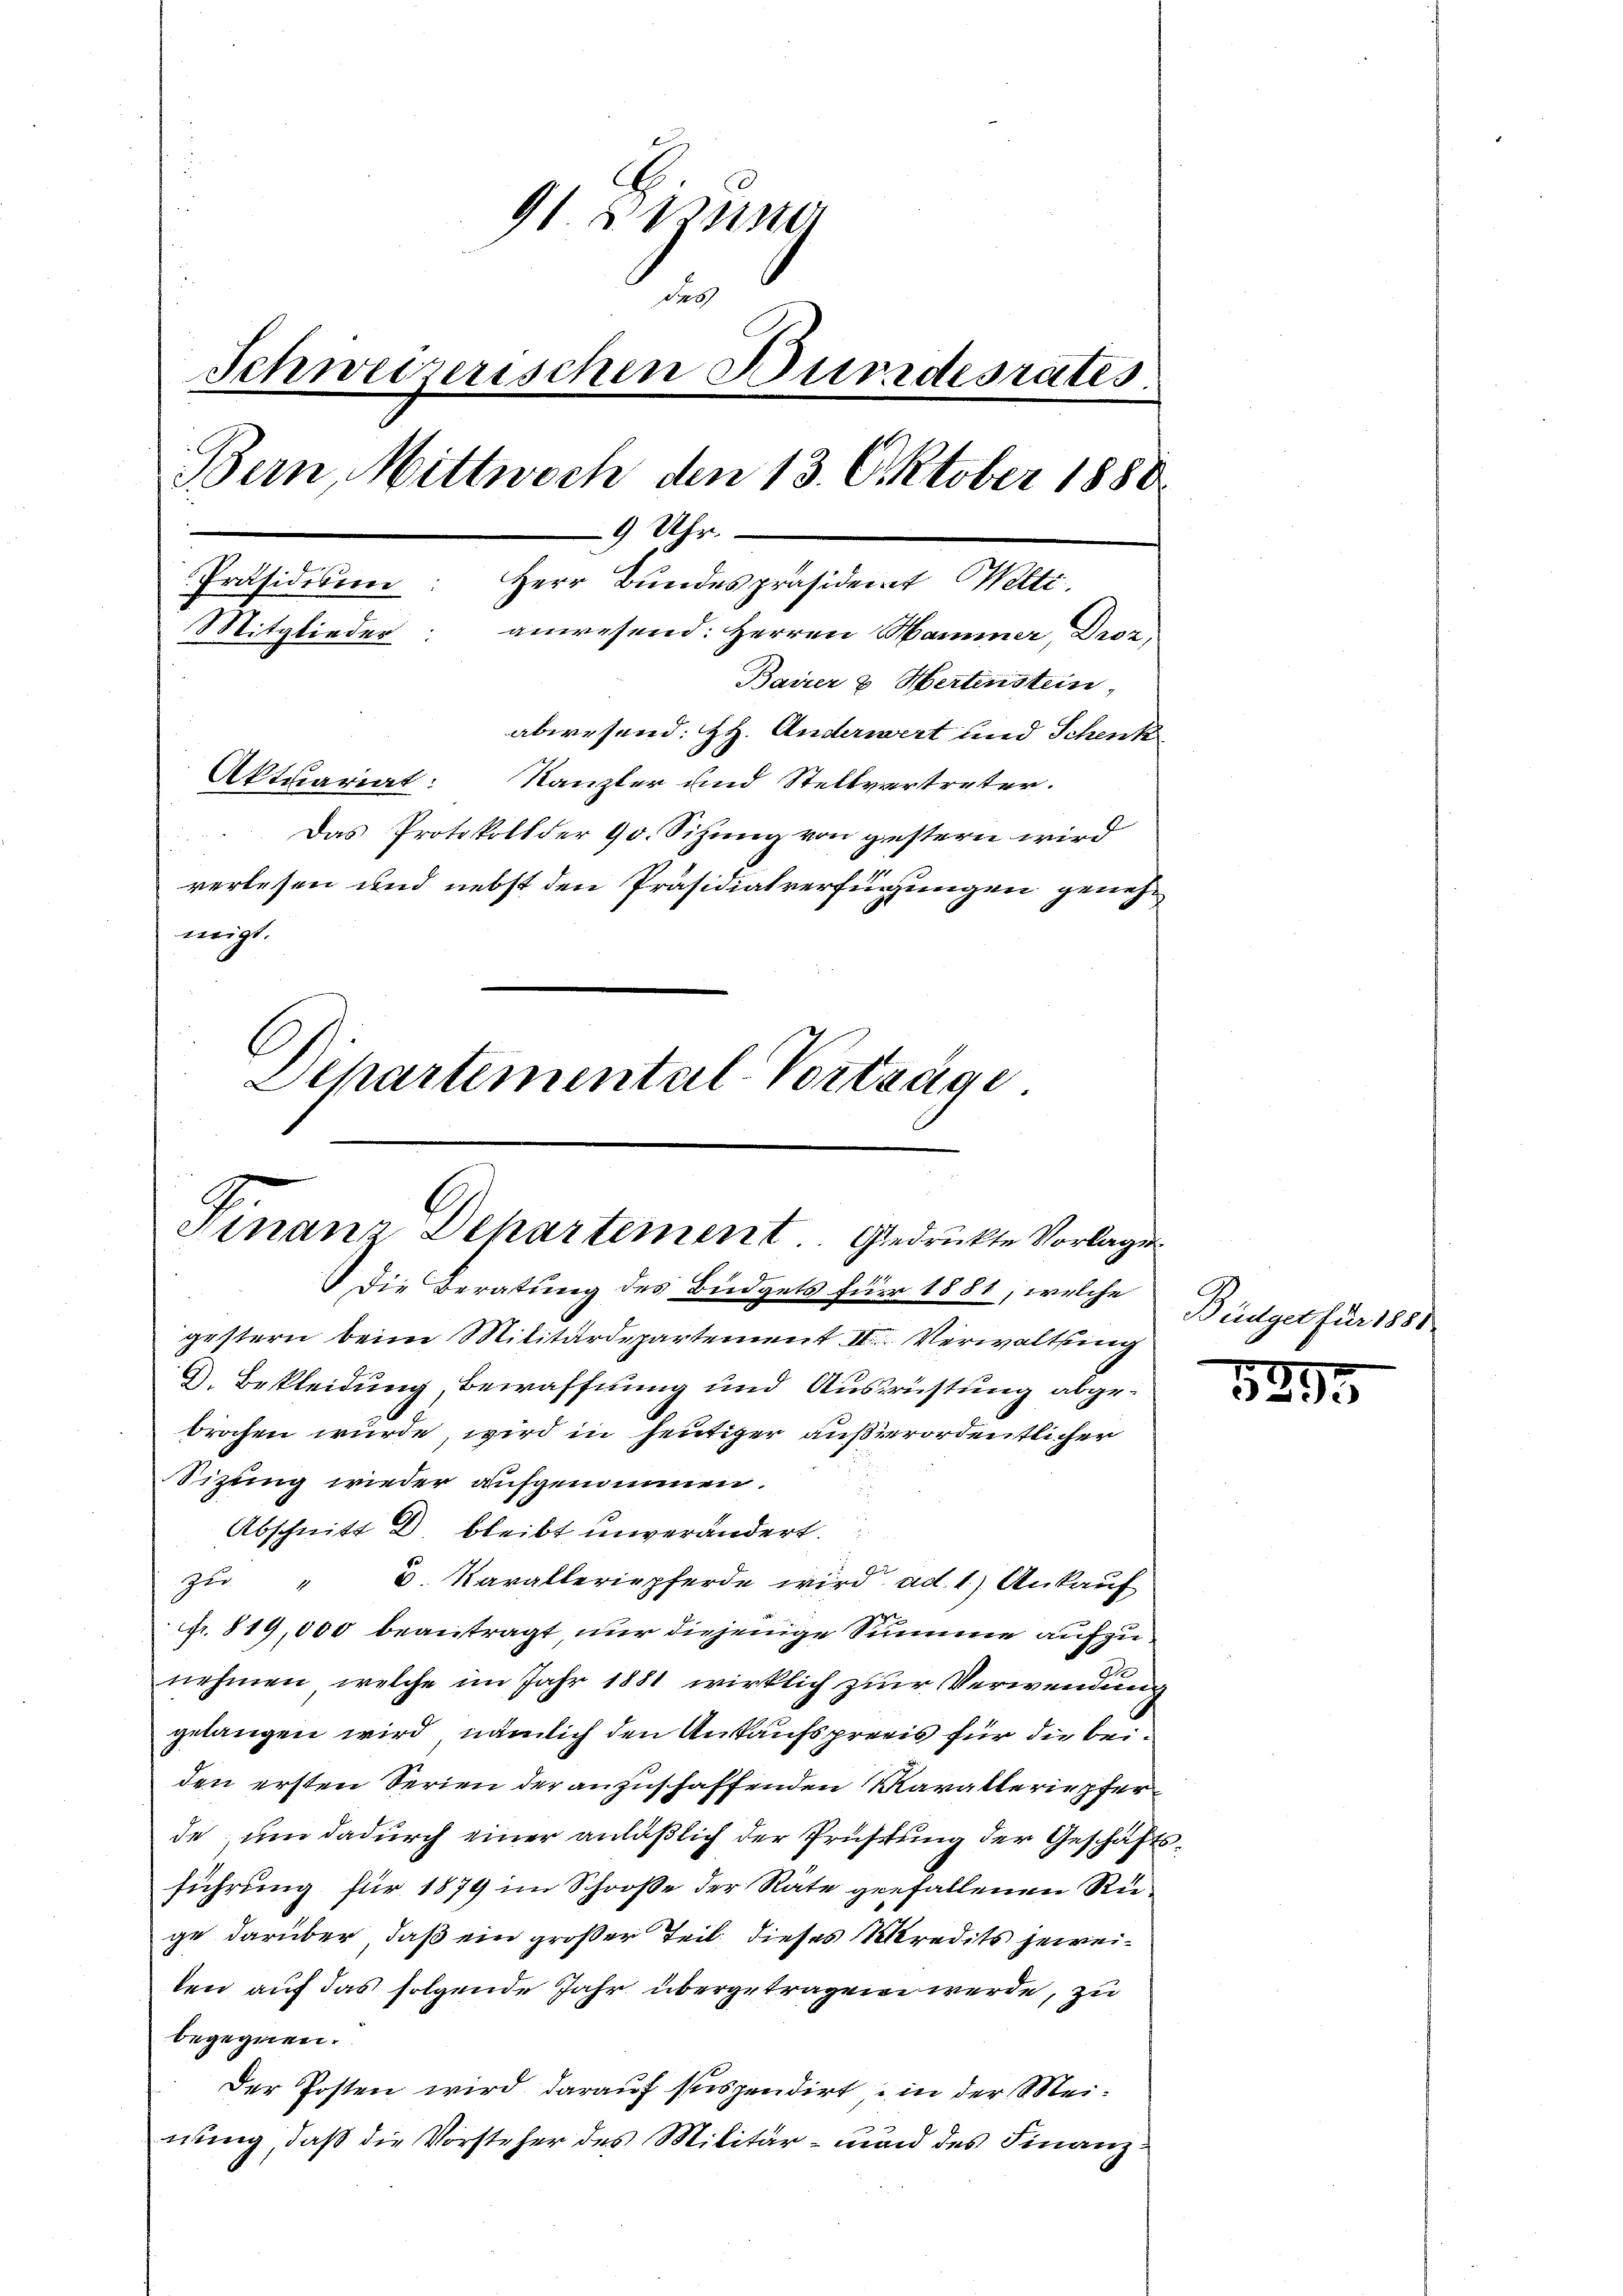
91 eine
d.6)
Schweizerischen Bundesrates
Bern, Mittwoch den 13. Oktober 1880
9 Uhr.
Präsidium: Herr Bundespräsident Welti
Mitglieder anwesend: Herren Hammer, Droz
Baurer & Hertenstein,
abwesend: H. Anderwert und Schenk
Aktuariat: Kanzler und Stellvertreter.
Das Protokoll der 90. Sitzŭng von gestern wird
verlesen und nebst den Präsidialverfügungen genehmigt.
Dehartemental-Vorträge

Finanz Dehartement. Gedrückte Vorlagen.
Die Beratung des Büdgets für 1881, welche

gestern beim Militärdepartement II. Verwaltung
D. Bekleidung, Bewaffnung und Ausrüstung abgebrochen würde, wird in heutiger außerordentlicher
Sizung wieder aufgenommen.
Abschnitt D bleibt unverändert.
zu " u. Karalleriepferde wird ad 1.) Ankauf
fr. 819,000 beantragt nur diejenige Summe aufzu
nehmen, welche im Jahr 1881 wirklich zur Verwendung
gelangen wird, nämlich den Ankaufspreis für die beiden ersten Serien der anzuschaffenden Kavalleriepfer
de, um dadurch einer anläßlich der Prüstung der Geschäftsführung für 1879 im Schooße der Räte gefallenen Riege darüber, daß ein großer Teil dieses Kredits jeweiten auf das folgende Jahr übergetragen werde, zu
begegnen.
Der Posten wird darauf suspendirt, in der Meinung, daß die Vorsteher des Militär- man des Finanz¬

Büdget für 1881

5295